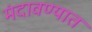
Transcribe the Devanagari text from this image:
मंदावण्यात